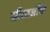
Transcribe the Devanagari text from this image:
सीताजीके